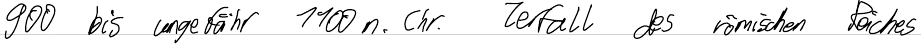
900 bis ungefähr 1100 n. Chr. Zerfall des römischen Reiches